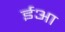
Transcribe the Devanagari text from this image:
ईआ